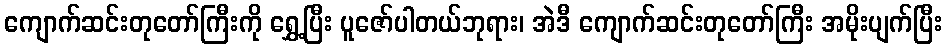
ကျောက်ဆင်းတုတော်ကြီးကို ရွှေ့ပြီး ပူဇော်ပါတယ်ဘုရား၊ အဲဒီ ကျောက်ဆင်းတုတော်ကြီး အမိုးပျက်ပြီး